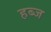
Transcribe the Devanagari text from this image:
हब्ज